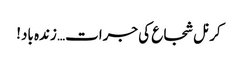
کرنل شجاع کی جرات… زندہ باد!